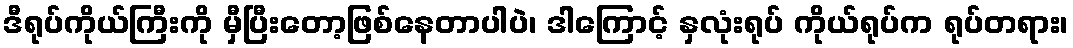
ဒီရုပ်ကိုယ်ကြီးကို မှီပြီးတော့ဖြစ်နေတာပါပဲ၊ ဒါကြောင့် နှလုံးရုပ် ကိုယ်ရုပ်က ရုပ်တရား၊